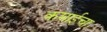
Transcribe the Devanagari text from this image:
कमाईचा